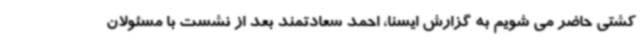
کشتی حاضر می شویم به گزارش ایسنا، احمد سعادتمند بعد از نشست با مسئولان